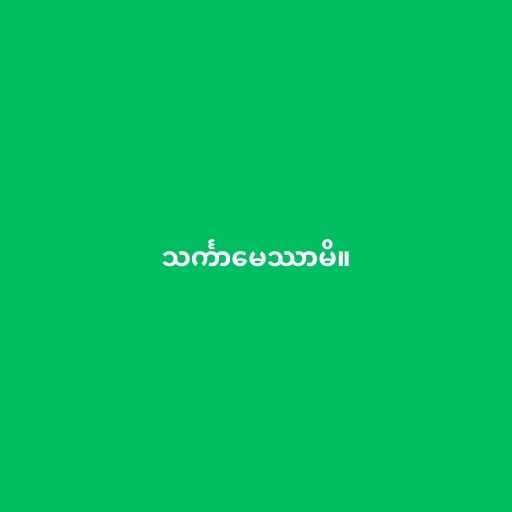
သင်္ကာမေဿာမိ။